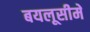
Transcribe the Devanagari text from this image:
बयलूसीमे